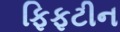
ફિફટીન